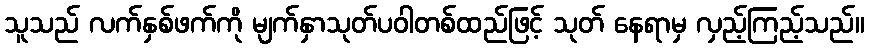
သူသည် လက်နှစ်ဖက်ကို မျက်နှာသုတ်ပဝါတစ်ထည်ဖြင့် သုတ် နေရာမှ လှည့်ကြည့်သည်။